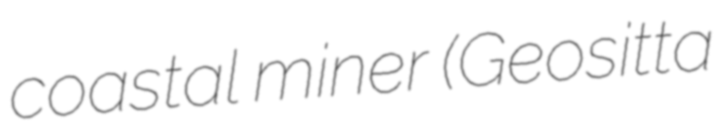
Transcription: coastal miner (Geositta